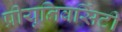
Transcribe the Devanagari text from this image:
प्रीयूनिवर्सिटी